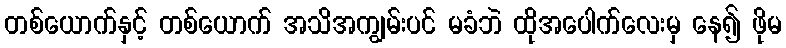
တစ်ယောက်နှင့် တစ်ယောက် အသိအကျွမ်းပင် မခံဘဲ ထိုအပေါက်လေးမှ နေ၍ ဖိုမ